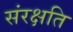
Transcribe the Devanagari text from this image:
संरक्षति